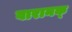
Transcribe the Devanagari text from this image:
वारानक्